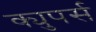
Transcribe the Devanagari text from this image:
क्युपर्स